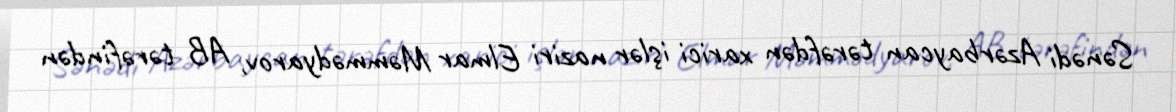
Sənədi Azərbaycan tərəfdən xarici işlər naziri Elmar Məmmədyarov, AB tərəfindən